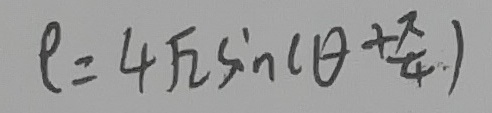
e = 4 \sqrt { 2 } \sin ( \theta + \frac { \pi } { 4 } )